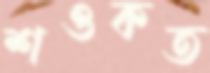
শওকত